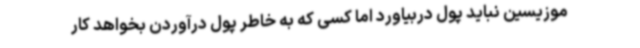
موزیسین نباید پول دربیاورد اما کسی که به خاطر پول درآوردن بخواهد کار